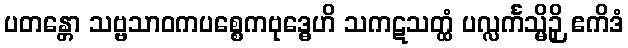
ပတန္တော သဗ္ဗသာဝကပစ္စေကဗုဒ္ဓေဟိ သကဋသတ္ထံ ပလ္လင်္ကသ္မိဉှိ ဧကိဒံ